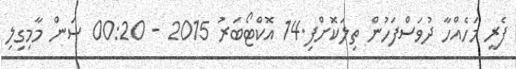
ފެރީ މަހެއްހާ ދުވަސްފަހުން ތިލަކޮށްފި.14 އޮކްޓޯބަރު 2015 - 00:20 ސަން މާމިގިލި